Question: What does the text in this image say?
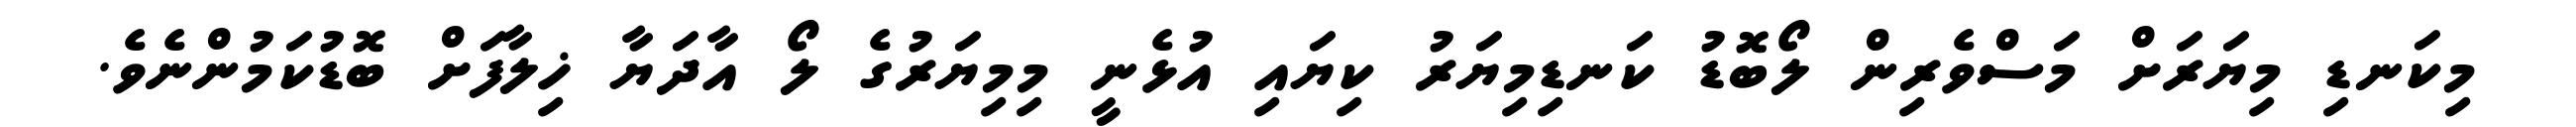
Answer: މިކަނޑި މިޔަރަށް މަސްވެރިން ލޯބޮޑު ކަނޑިމިޔަރު ކިޔައި އުޅެނީ މިމިޔަރުގެ ލޯ އާދަޔާ ޚިލާފަށް ބޮޑުކަމުންނެވެ.